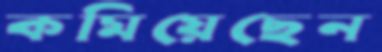
কমিয়েছেন